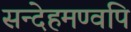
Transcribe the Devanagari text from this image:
सन्देहमण्वपि